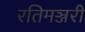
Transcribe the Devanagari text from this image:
रतिमञ्जरी